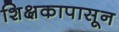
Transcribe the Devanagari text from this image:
शिक्षकापासून